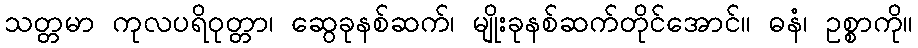
သတ္တမာ ကုလပရိဝုတ္တာ၊ ဆွေခုနစ်ဆက်၊ မျိုးခုနစ်ဆက်တိုင်အောင်။ ဓနံ၊ ဥစ္စာကို။